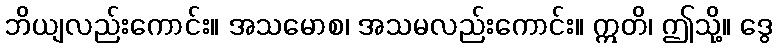
ဘိယျလည်းကောင်း။ အသမောစ၊ အသမလည်းကောင်း။ ဣတိ၊ ဤသို့။ ဒွေ